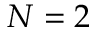
N = 2